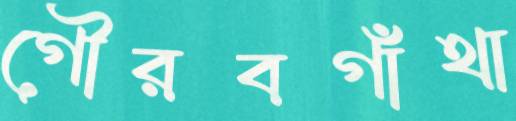
গৌরবগাঁথা